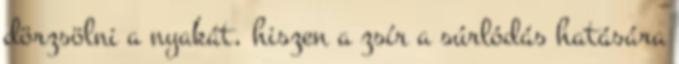
dörzsölni a nyakát, hiszen a zsír a súrlódás hatására